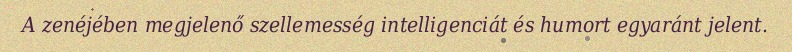
A zenéjében megjelenő szellemesség intelligenciát és humort egyaránt jelent.